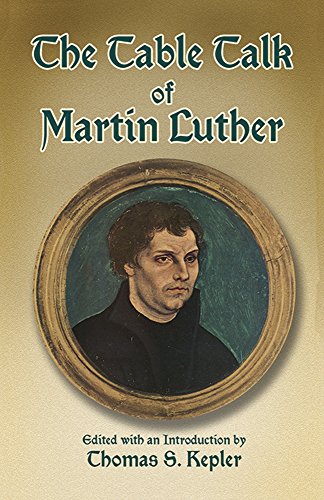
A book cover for The Table Talk of Martin Luther; Martin Luther; Christian Books & Bibles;